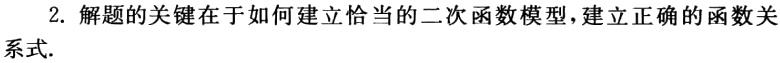
2. 解题的关键在于如何建立恰当的二次函数模型，建立正确的函数关